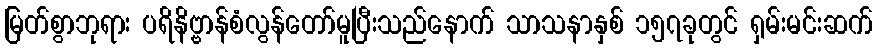
မြတ်စွာဘုရား ပရိနိဗ္ဗာန်စံလွန်တော်မူပြီးသည်နောက် သာသနာနှစ် ၁၅၇ခုတွင် ရှမ်းမင်းဆက်